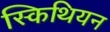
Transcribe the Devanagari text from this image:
स्किथियन